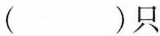
（）只